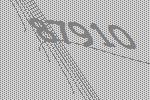
87910